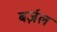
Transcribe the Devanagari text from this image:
बर्ज़ल